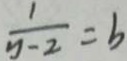
\frac { 1 } { y - 2 } = b